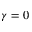
\gamma = 0